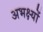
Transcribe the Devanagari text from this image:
अभक्ष्यों